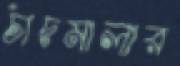
চাঁদমালার